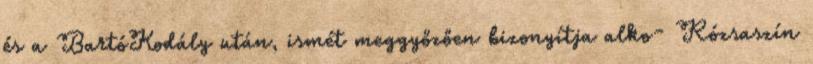
és a BartóKodály után, ismét meggyőzően bizonyítja alko- Rózsaszín